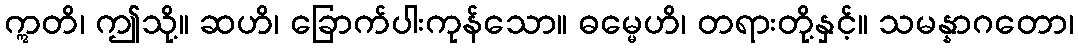
ဣတိ၊ ဤသို့။ ဆဟိ၊ ခြောက်ပါးကုန်သော။ ဓမ္မေဟိ၊ တရားတို့နှင့်။ သမန္နာဂတော၊